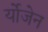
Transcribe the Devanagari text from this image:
र्योजेन